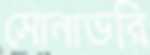
সোনাভরি